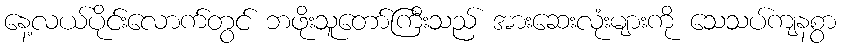
နေ့လယ်ပိုင်းလောက်တွင် ဘဖိုးသူတော်ကြီးသည် အားဆေးလုံးများကို သေသပ်ကျနစွာ